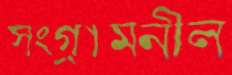
সংগ্রামনীল